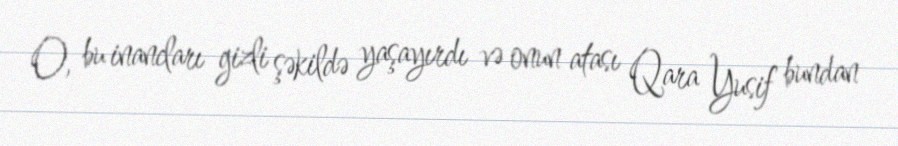
O, bu inancları gizli şəkildə yaşayırdı və onun atası Qara Yusif bundan